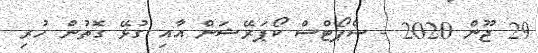
29 ޖޫން 2020 - ސްޕޯޓްސް ކޯޕަރޭޝަން އާއި ގުޅޭ ގޮތުން ހުރި